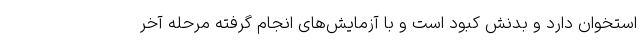
استخوان دارد و بدنش کبود است و با آزمایش‌های انجام گرفته مرحله آخر